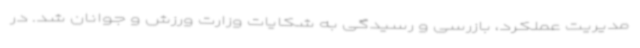
مدیریت عملکرد، بازرسی و رسیدگی به شکایات وزارت ورزش و جوانان شد. در